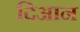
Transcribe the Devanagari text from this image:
दिआन